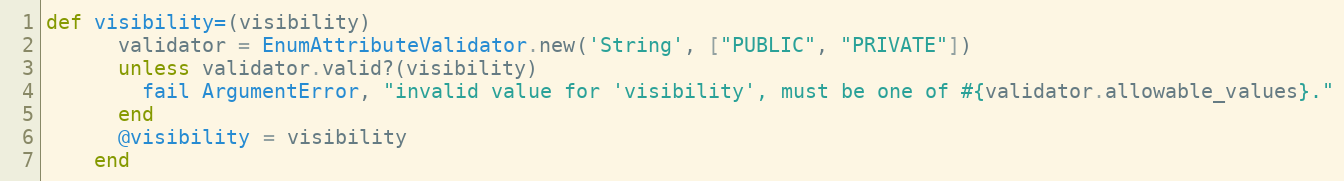
Language: Ruby
def visibility=(visibility)
      validator = EnumAttributeValidator.new('String', ["PUBLIC", "PRIVATE"])
      unless validator.valid?(visibility)
        fail ArgumentError, "invalid value for 'visibility', must be one of #{validator.allowable_values}."
      end
      @visibility = visibility
    end